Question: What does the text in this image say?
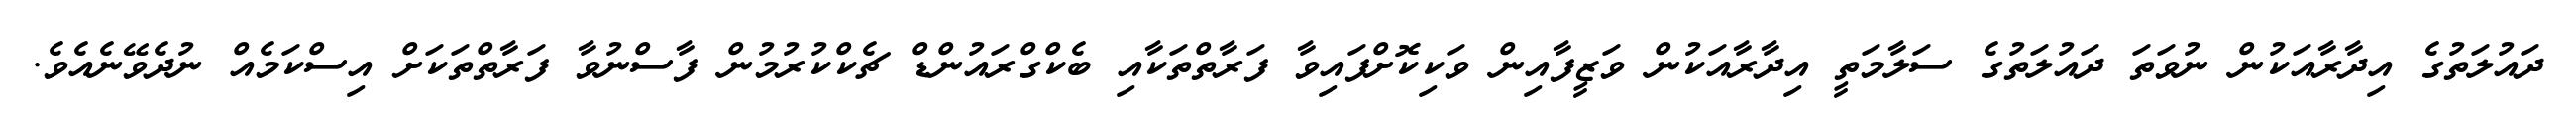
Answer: ދައުލަތުގެ އިދާރާއަކުން ނުވަތަ ދައުލަތުގެ ސަލާމަތީ އިދާރާއަކުން ވަޒީފާއިން ވަކިކޮށްފައިވާ ފަރާތްތަކާއި ބެކްގްރައުންޑް ޗެކްކުރުމުން ފާސްނުވާ ފަރާތްތަކަށް އިސްކަމެއް ނުދެވޭނެއެވެ.